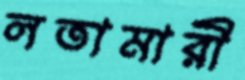
লতামারী